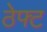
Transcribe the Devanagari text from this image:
ठेफ्ट